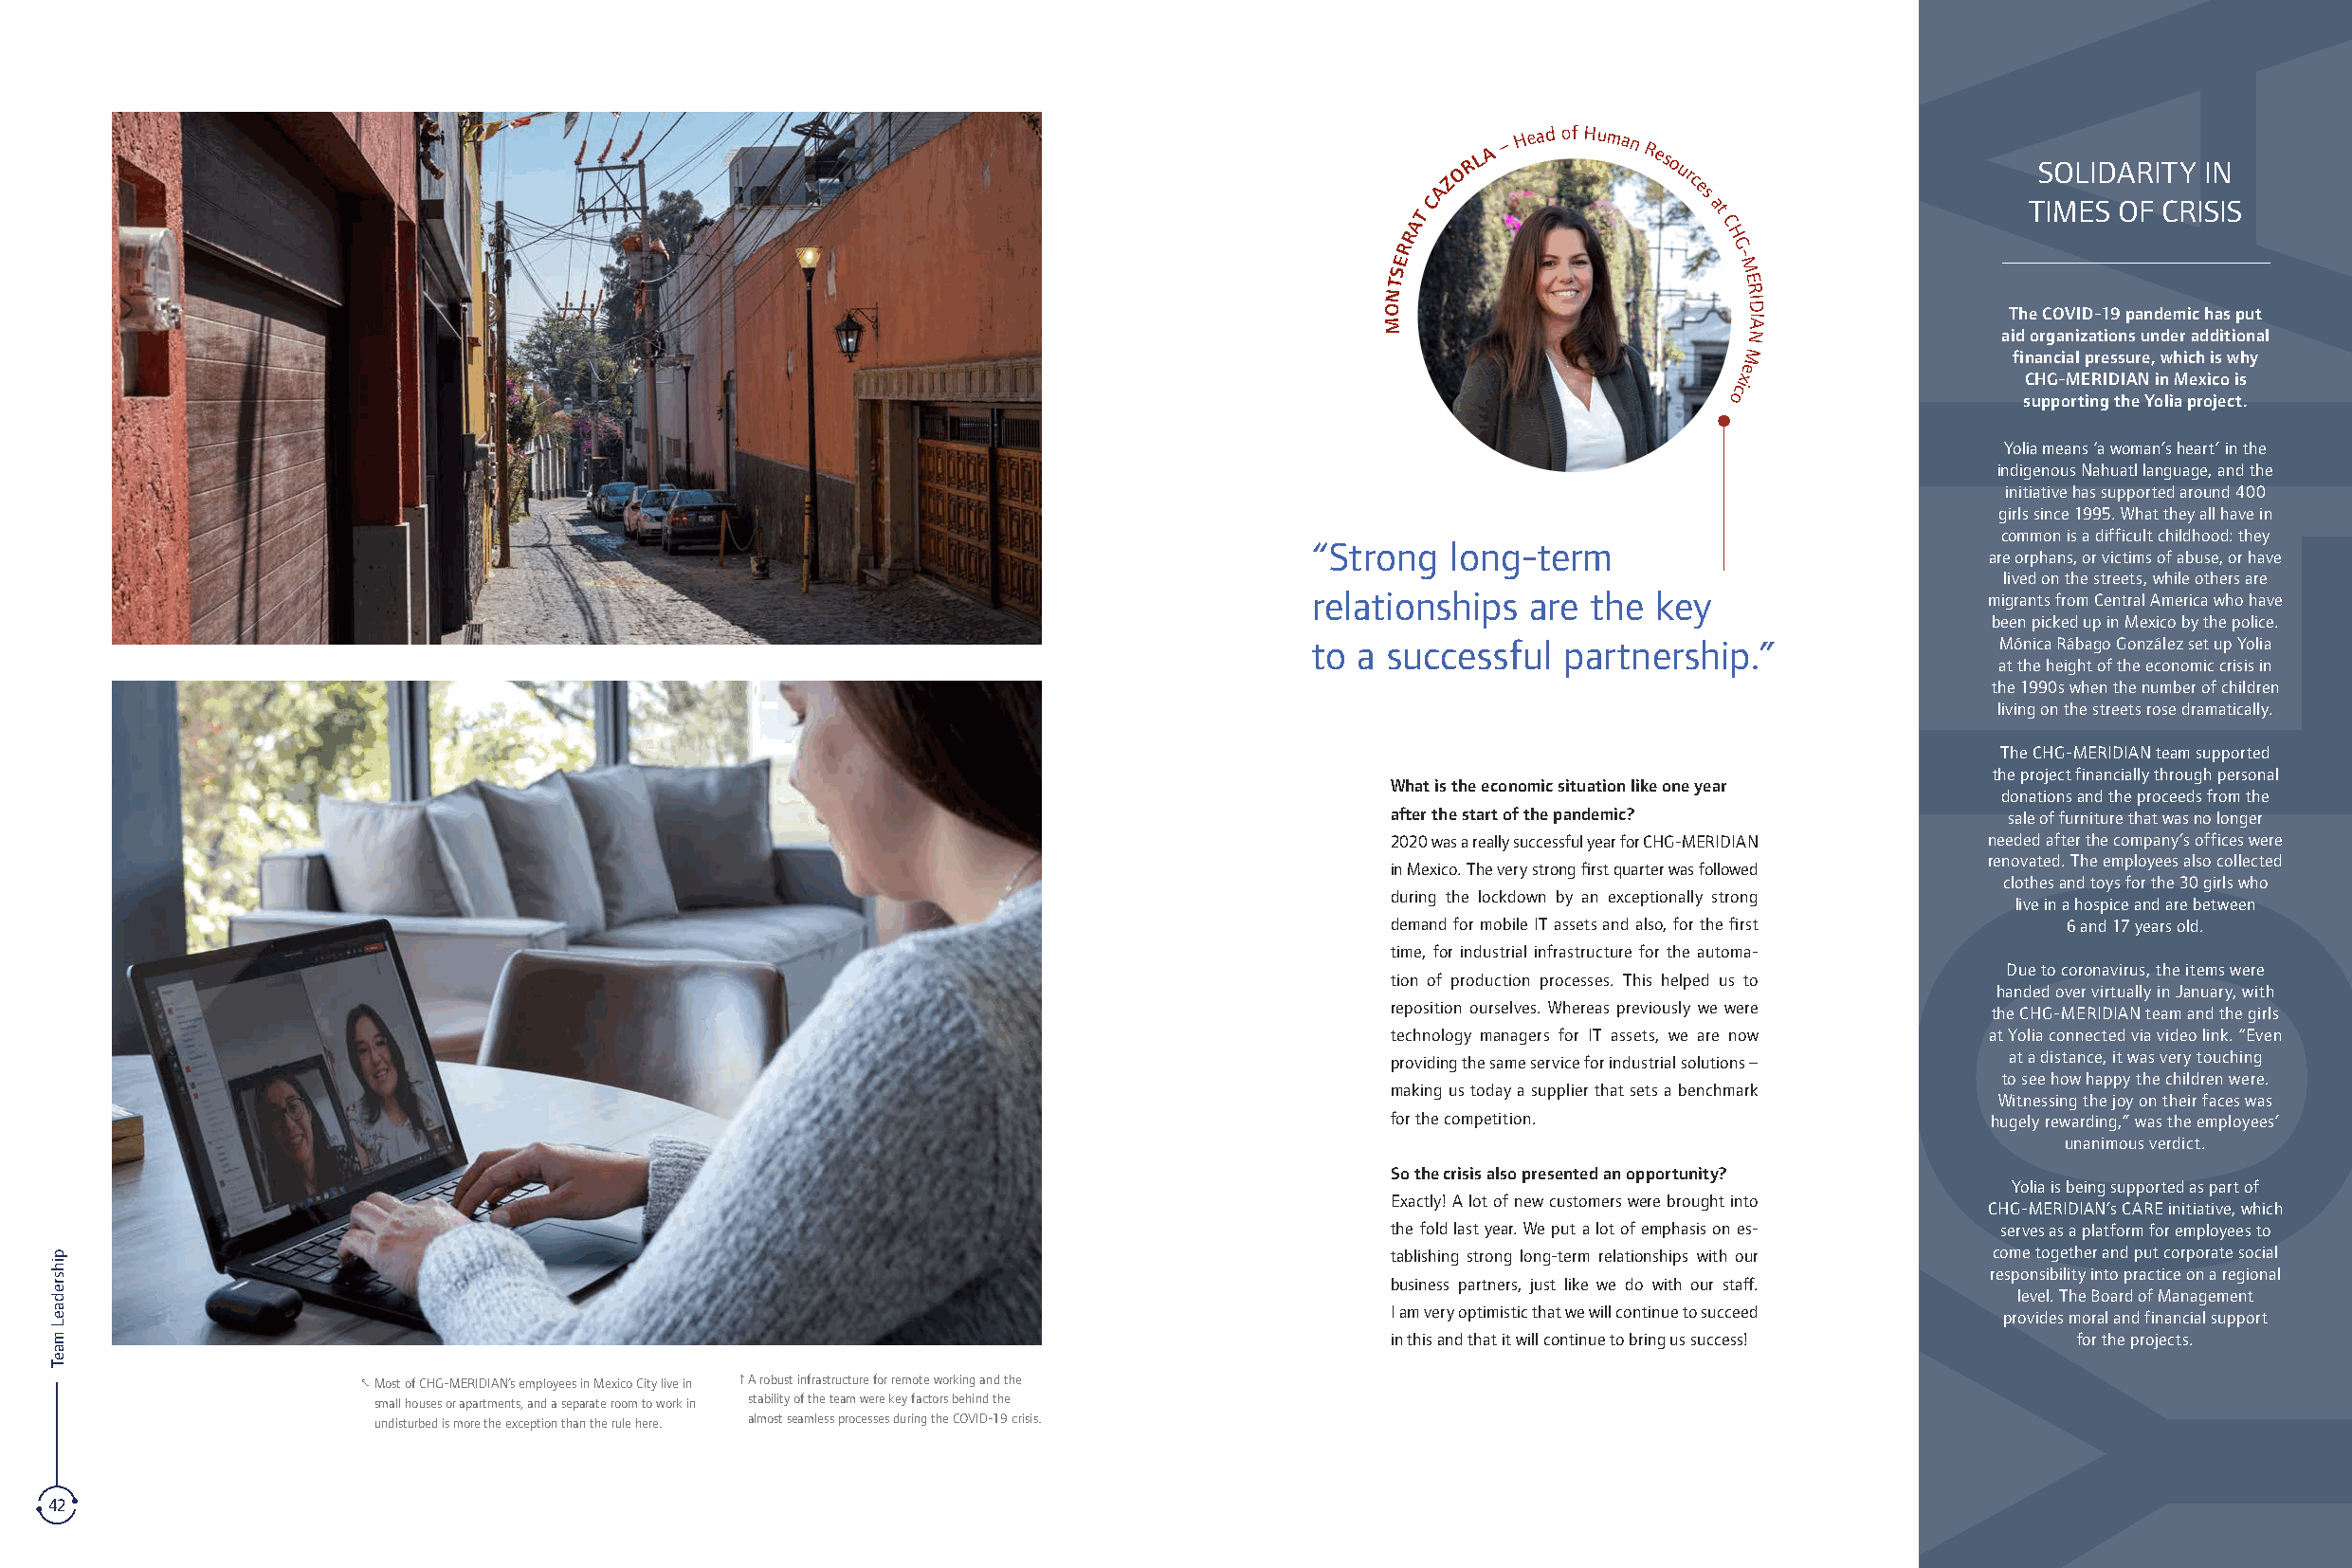
ZO R
 L
 A
 –
 H ead of Human
 Res
 o urc                     SOLIDARITY  IN
 T
 CA                e s
 a
 t
 TIMES OF CRISIS
 A                    C
 R                     H
 R                      G
 E                       -
 S                       M
 T                        E
 N                        R
 O
 ID
 The COVID-19 pandemic has put
 M                        IA
 N                 aid organizations under additional
 M                  financial pressure, which is why
 e
 x                   CHG-MERIDIAN in Mexico is
 ci
 o                   supporting the Yolia project.
 Yolia means ‘a woman’s heart’ in the
 indigenous Nahuatl language, and the
 initiative has supported around 400
 girls since 1995. What they all have in
 common is a difficult childhood: they
 “Strong  long-term
 are orphans, or victims of abuse, or have
 lived on the streets, while others are
 relationships  are the  key                    migrants from Central America who have
 been picked up in Mexico by the police.
 to a successful  partnership.”                  Mónica Rábago González set up Yolia
 at the height of the economic crisis in
 the 1990s when the number of children
 living on the streets rose dramatically.
 The CHG-MERIDIAN team supported
 the project financially through personal
 What is the economic situation like one year
 donations and the proceeds from the
 after the start of the pandemic?           sale of furniture that was no longer
 2020 was a really successful year for CHG-MERIDIAN needed after the company’s offices were
 renovated. The employees also collected
 in Mexico. The very strong first quarter was followed
 clothes and toys for the 30 girls who
 during the lockdown by an exceptionally strong
 live in a hospice and are between
 demand for mobile IT assets and also, for the first 6 and 17 years old.
 time, for industrial infrastructure for the automa-
 Due to coronavirus, the items were
 tion of production processes. This helped us to
 handed over virtually in January, with
 reposition ourselves. Whereas previously we were the CHG-MERIDIAN team and the girls
 technology managers for IT assets, we are now at Yolia connected via video link. “Even
 at a distance, it was very touching
 providing the same service for industrial solutions –
 to see how happy the children were.
 making us today a supplier that sets a benchmark
 Witnessing the joy on their faces was
 for the competition.                      hugely rewarding,” was the employees’
 unanimous verdict.
 So the crisis also presented an opportunity?
 Yolia is being supported as part of
 Exactly! A lot of new customers were brought into
 CHG-MERIDIAN’s CARE initiative, which
 the fold last year. We put a lot of emphasis on es- serves as a platform for employees to
 tablishing strong long-term relationships with our come together and put corporate social
 responsibility into practice on a regional
 business partners, just like we do with our staff.
 level. The Board of Management
 I am very optimistic that we will continue to succeed provides moral and financial support
 in this and that it will continue to bring us success! for the projects.
 M Most of CHG-MERIDIAN’s employees in Mexico City live in K A robust infrastructure for remote working and the
 small houses or apartments, and a separate room to work in stability of the team were key factors behind the
 undisturbed is more the exception than the rule here. almost seamless processes during the COVID-19 crisis.
 42                                                                                                                                                           43
 pihsredaeL
 maeT
 AILOY
 pihsredaeL
 maeT